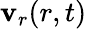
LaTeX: \mathbf{v}_{r}(r,t)